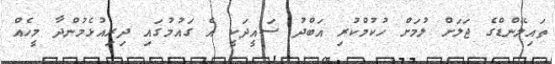
ތައިލޭންޑްގެ ޖަލަށް ލުމަށް ހުކުމްކުރި އަބްދު ސައީދަކީ އެ ގައުމުގައި ދިރިއުޅެމުންދާ މީހެއް